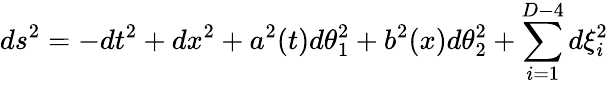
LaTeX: ds^{2}=-dt^{2}+dx^{2}+a^{2}(t)d\theta_{1}^{2}+b^{2}(x)d\theta_{2}^{2}+\sum_{i=1}^{D-4}d\xi_{i}^{2}